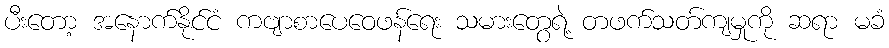
ပီးတော့ အနောက်နိုင်ငံ ကဗျာစာပေဝေဖန်ရေး သမားတွေရဲ့ တဖက်သတ်ကျမှုကို ဆရာ မခံ